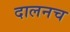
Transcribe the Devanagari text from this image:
दालनच